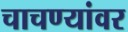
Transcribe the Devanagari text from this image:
चाचण्यांवर